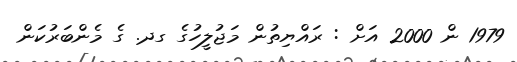
1979 ން 2000 އަށް : ރައްޔިތުން މަޖުލީހުގެ ގދ. ގެ މެންބަރުކަން